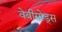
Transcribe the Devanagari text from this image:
वेबीसोड्स